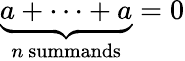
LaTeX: \underbrace{a+\cdots+a}_{n{\mathrm{~summands}}}=0